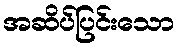
အဆိပ်ပြင်းသော